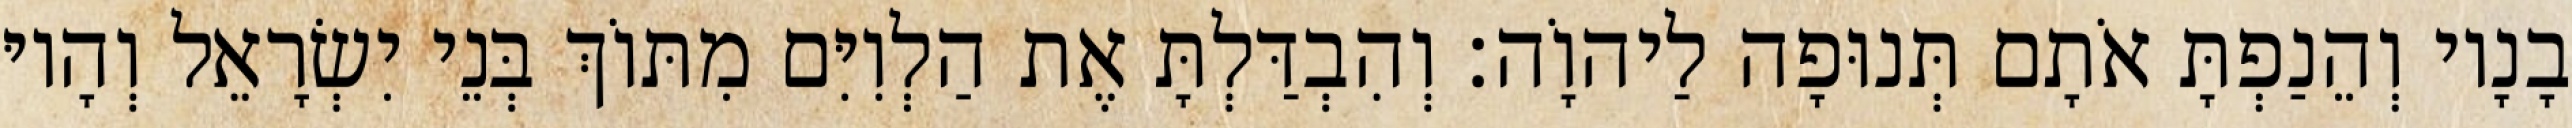
בָנָיו וְהֵנַפְתָּ אֹתָם תְּנוּפָה לַיהוָֹה׃ וְהִבְדַּלְתָּ אֶת הַלְוִיִּם מִתּוֹךְ בְּנֵי יִשְׂרָאֵל וְהָיוּ